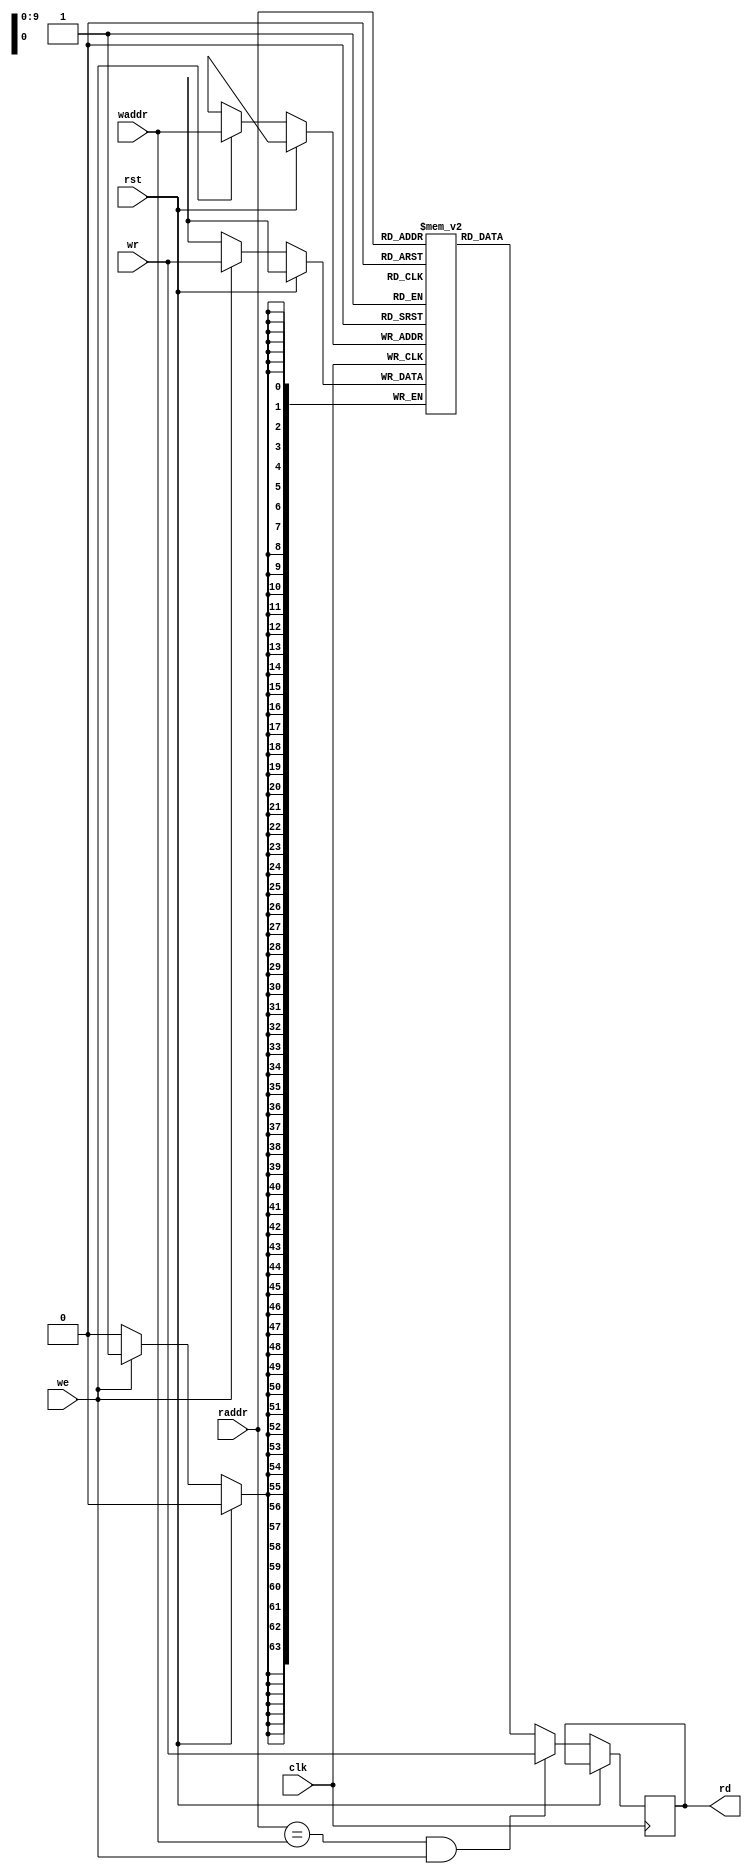
module ram_1024_64(
        input wire clk,
        input wire rst,
        // Read port
        input wire [9:0] raddr,
        output wire [63:0] rd,
        // Write port
        input wire [9:0] waddr,
        input wire [63:0] wr,
        input wire we
   );

`ifdef SKY130
    reg rd_bypass_en;
    reg [63:0] rd_bypass;
    always @(posedge clk) begin
        rd_bypass <= wr;
        rd_bypass_en <= (raddr == waddr) && we;
    end

    wire [63:0] bank0_rd;
    wire [63:0] bank1_rd;
    wire bank0_wcs = !waddr[9] & we;
    wire bank1_wcs = waddr[9] & we;
    wire bank0_rcs = !waddr[9];
    wire bank1_rcs = waddr[9];

    sky130_sram_2kbyte_1rw1r_32x512_8 bank0_lo_mem(
        .clk0(clk),
        .csb0(!bank0_wcs),
        .web0(!we),
        .wmask0(4'hF),
        .addr0(waddr[8:0]),
        .din0(wr[31:0]),
        .dout0(),
        .clk1(clk),
        .csb1(!bank0_rcs),
        .addr1(raddr[8:0]),
        .dout1(bank0_rd[31:0])
    );

    sky130_sram_2kbyte_1rw1r_32x512_8 bank0_hi_mem(
        .clk0(clk),
        .csb0(!bank0_wcs),
        .web0(!we),
        .wmask0(4'hF),
        .addr0(waddr[8:0]),
        .din0(wr[63:32]),
        .dout0(),
        .clk1(clk),
        .csb1(!bank0_rcs),
        .addr1(raddr[8:0]),
        .dout1(bank0_rd[63:32])
    );

    sky130_sram_2kbyte_1rw1r_32x512_8 bank1_lo_mem(
        .clk0(clk),
        .csb0(!bank1_wcs),
        .web0(!we),
        .wmask0(4'hF),
        .addr0(waddr[8:0]),
        .din0(wr[31:0]),
        .dout0(),
        .clk1(clk),
        .csb1(!bank1_rcs),
        .addr1(raddr[8:0]),
        .dout1(bank1_rd[31:0])
    );

    sky130_sram_2kbyte_1rw1r_32x512_8 bank1_hi_mem(
        .clk0(clk),
        .csb0(!bank1_wcs),
        .web0(!we),
        .wmask0(4'hF),
        .addr0(waddr[8:0]),
        .din0(wr[63:32]),
        .dout0(),
        .clk1(clk),
        .csb1(!bank1_rcs),
        .addr1(raddr[8:0]),
        .dout1(bank1_rd[63:32])
    );

    assign rd = (rd_bypass_en) ? (rd_bypass) :
            (bank0_rcs) ? (bank0_rd) : (bank1_rd);
`else
    reg [63:0] mem [0:1023];
    reg [63:0] rd_reg;

    always @(posedge clk) begin
        if (!rst) begin
            if ((raddr == waddr) && we) begin
                rd_reg <= wr;
            end
            else begin
                rd_reg <= mem[raddr];
            end
            // W
            if (we) begin
                mem[waddr] <= wr;
            end
        end
    end

    assign rd = rd_reg;
`endif

endmodule